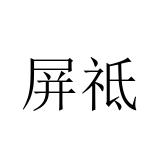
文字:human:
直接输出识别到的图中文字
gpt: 屏祗